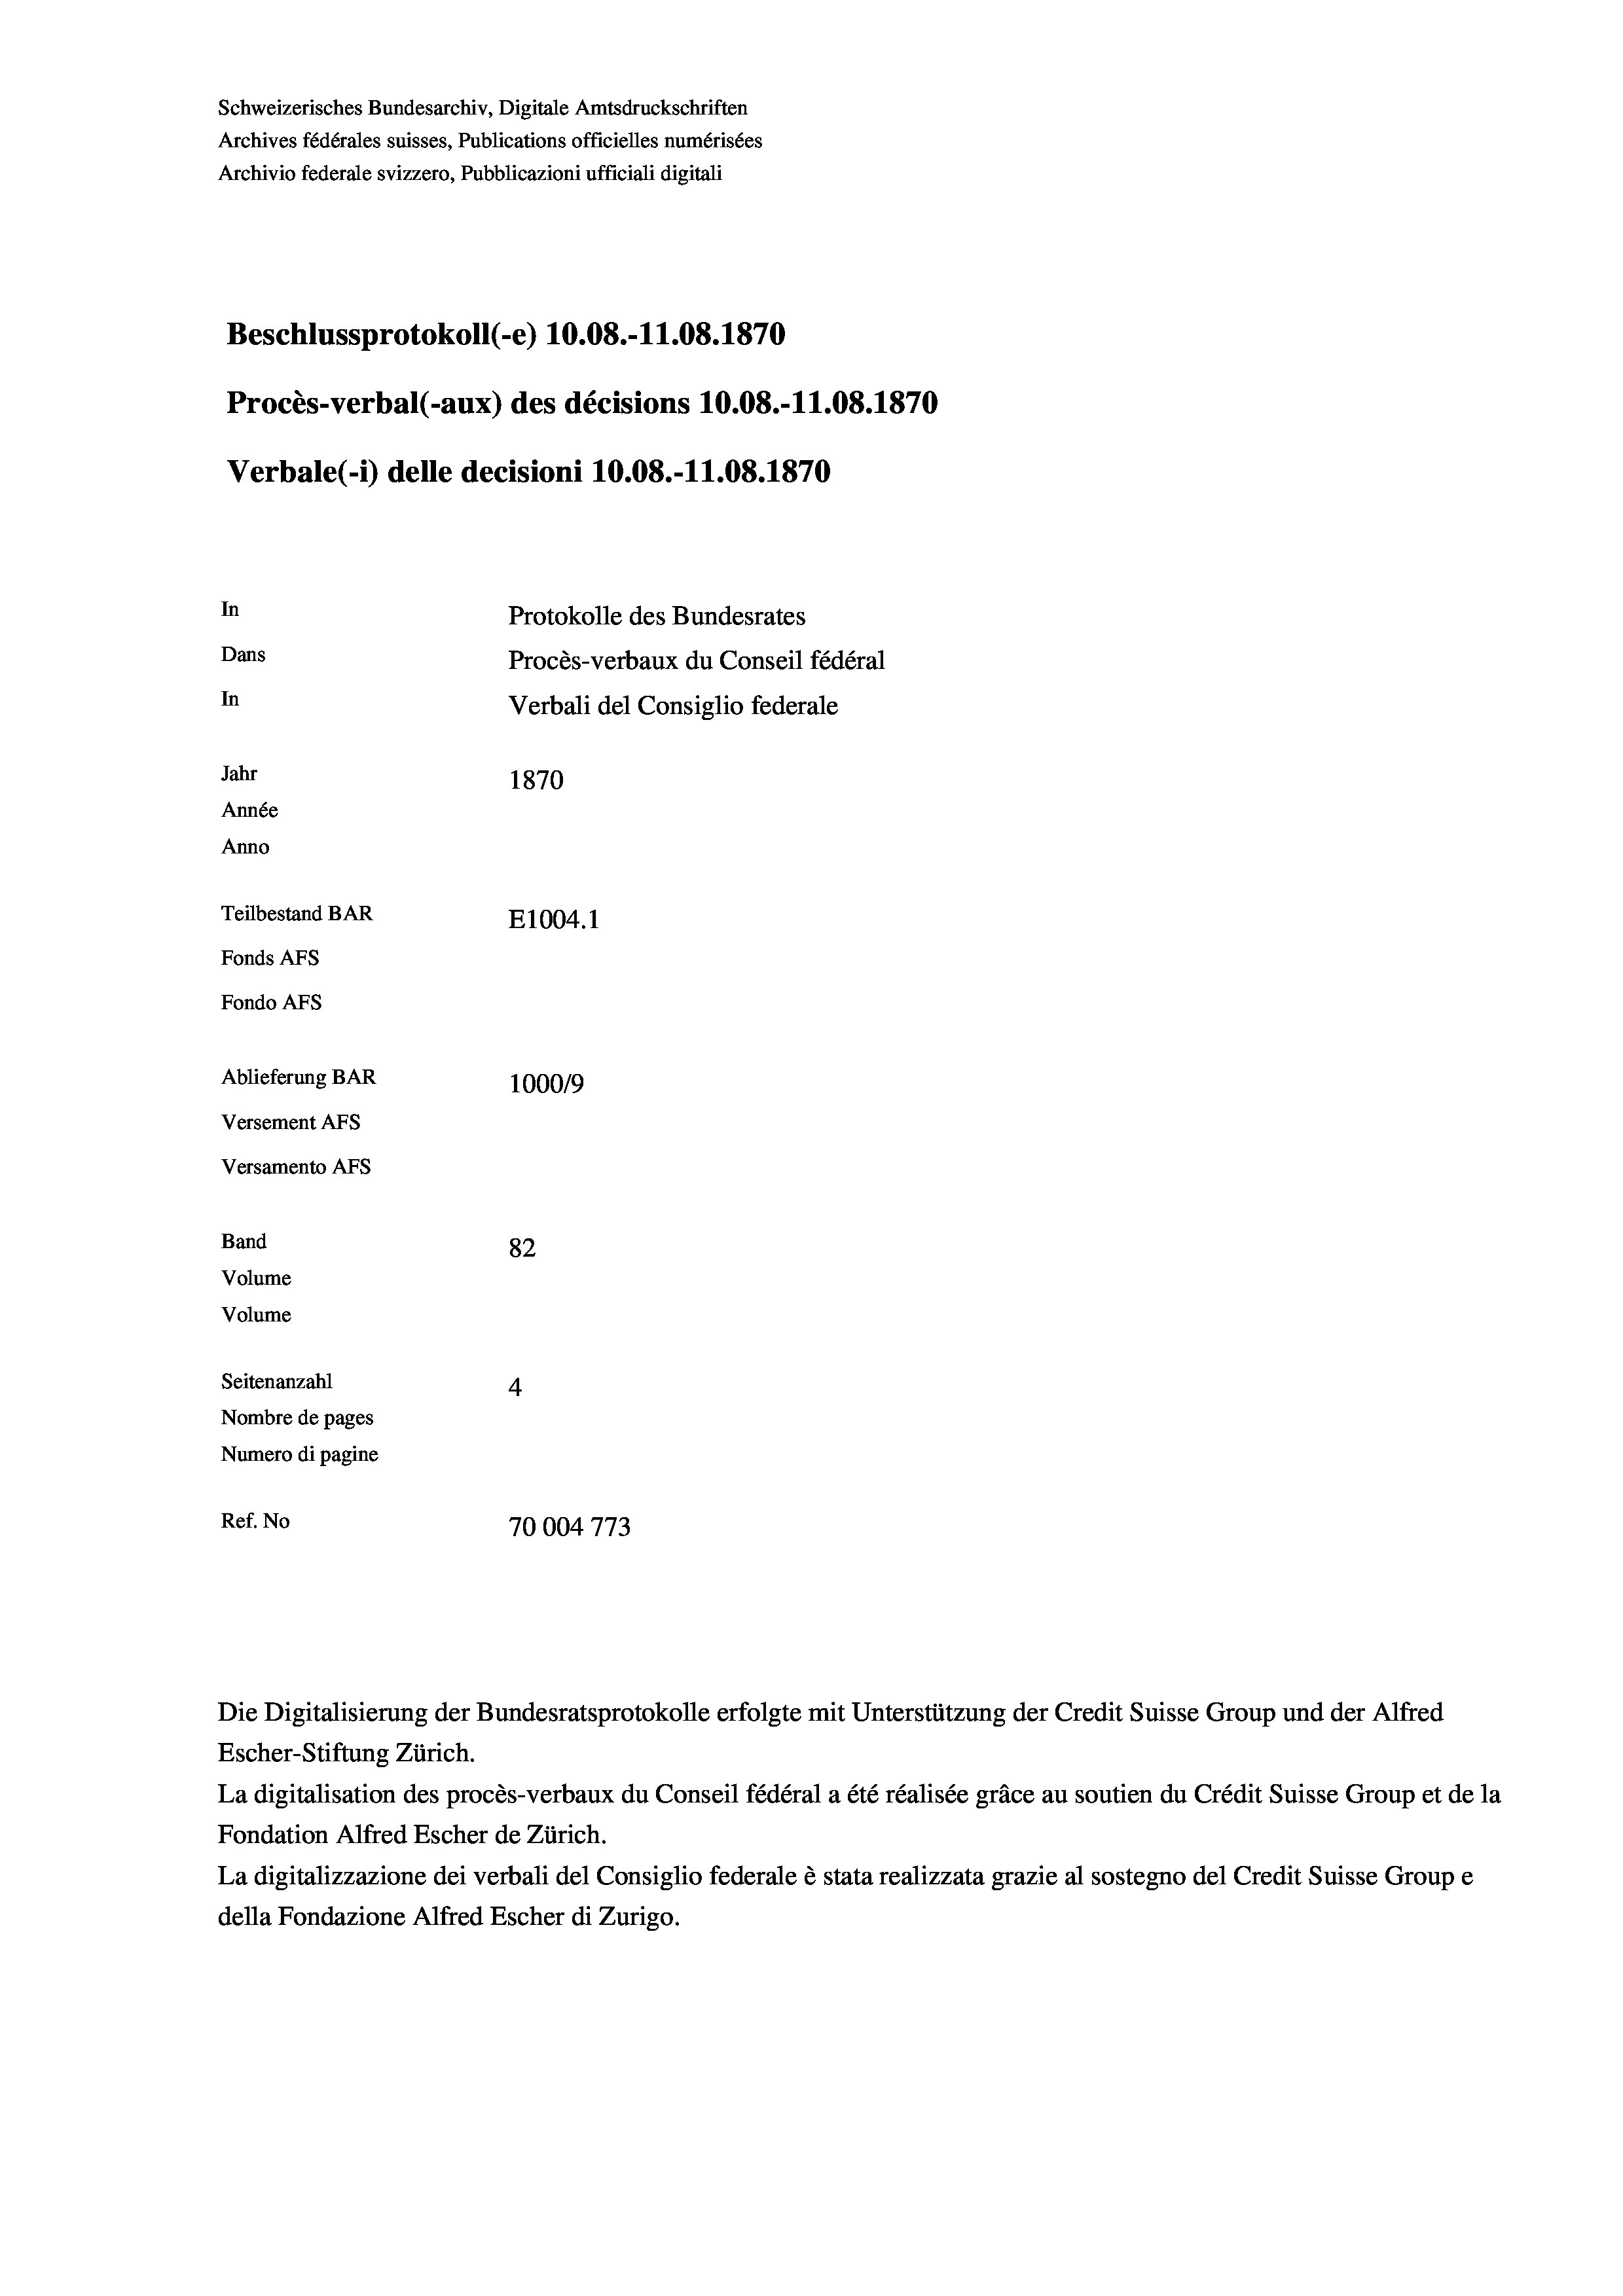
Schweizerisches Bundesarchiv, Digitale Amtsdruckschriften
Archives fédérales suisses, Publications officielles numérisées
Archivio federale svizzero, Pubblicazioni ufficiali digitali
Beschlussprotokoll (-e) 10.08.-11.08. 1870
Procès-verbal (-aux) des décisions 10.08.-11.08. 1870
Verbale (- 1) delle decisioni 10.08.-11.08. 1870
In
Protokolle des Bundesrates
Dans
Procès-verbaux du Conseil fédéral
In
Verbali del Consiglio federale
Jahr
1870
Année
Anno
Teilbestand BAR
E1004. 1
Fonds AFs
Fondo AFS
Ablieferung BAR
100019
Versement As
Versamento AFs
Band
82
Volume
Volume
Seitenanzahl
4
Nombre de pages
Numero di pagine
Ref. No
70004773

La digitalisation des procès-verbaux du Conseil fédéral a été réalisée gräce au soutien du Crédit Suisse Group et de la
Fondation Alfred Escher de Zürich.
La digitalizzazione dei verbali del Consiglio federale è stata realizzata grazie al sostegno del Credit Suisse Groupe
della Fondazione Alfred Escher di Zurigo.

Die Digitalisierung der Bundesratsprotokolle erfolgte mit Unterstützung der Credit Suisse Group und der Alfred
Escher-Stiftung Zürich.